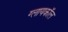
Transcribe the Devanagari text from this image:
ग्लायकॉल